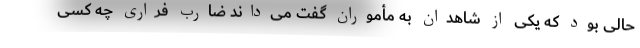
حالی بود که یکی از شاهدان به مأموران گفت می‌داند ضارب فراری چه کسی